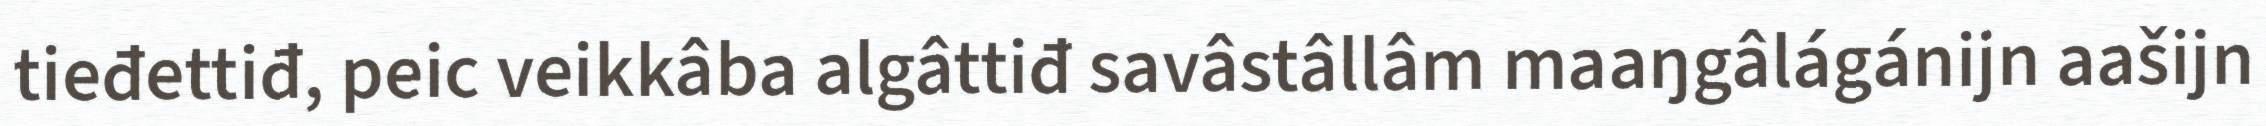
tieđettiđ, peic veikkâba algâttiđ savâstâllâm maaŋgâlágánijn aašijn